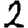
Digit: 2